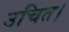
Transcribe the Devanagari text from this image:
उचित।